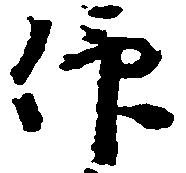
仰